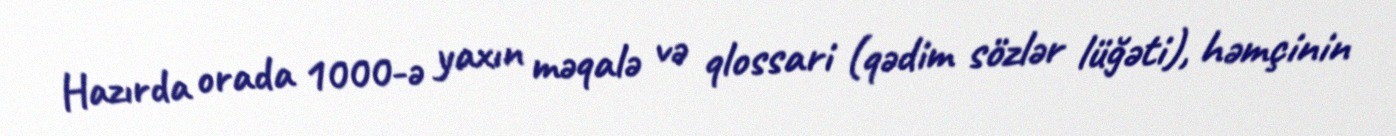
Hazırda orada 1000-ə yaxın məqalə və qlossari (qədim sözlər lüğəti), həmçinin